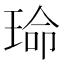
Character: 𬍱